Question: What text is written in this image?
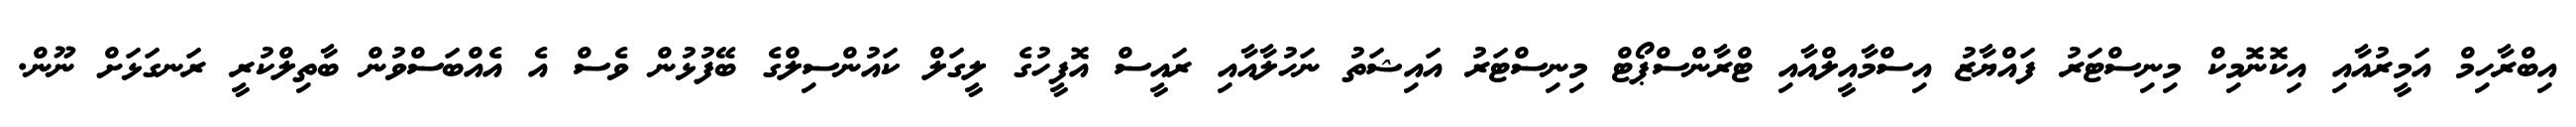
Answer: އިބްރާހިމް އަމީރުއާއި އިކޮނޮމިކް މިނިސްޓަރު ފައްޔާޒު އިސްމާއީލްއާއި ޓްރާންސްޕޯޓް މިނިސްޓަރު އައިޝަތު ނަހުލާއާއި ރައީސް އޮފީހުގެ ލީގަލް ކައުންސިލްގެ ބޭފުޅުން ވެސް އެ އެއްބަސްވުން ބާތިލްކުރީ ރަނގަޅަށް ނޫން.